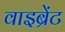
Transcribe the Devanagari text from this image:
वाइब्रेंट